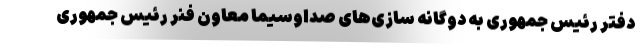
دفتر رئیس جمهوری به دوگانه سازی‌های صداوسیما معاون فنر رئیس جمهوری